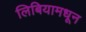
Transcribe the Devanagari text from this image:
लिबियामधून